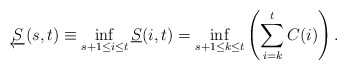
\begin{align*} \underleftarrow{S}(s,t) \equiv \inf_{s+1\le i\le t} \underline{S}(i,t) = \inf_{{s+1}\le{k}\le{t}}\left(\sum\limits_{i=k}\limits^{t}{C(i)}\right).\end{align*}